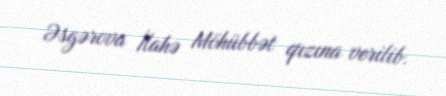
Əsgərova İlahə Möhübbət qızına verilib.